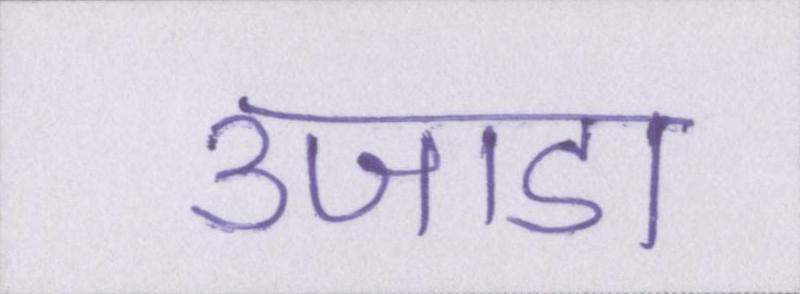
उजाडा